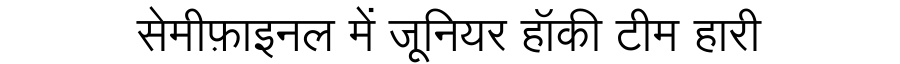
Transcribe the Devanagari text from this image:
सेमीफ़ाइनल में जूनियर हॉकी टीम हारी